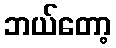
ဘယ်တော့